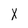
Character: X